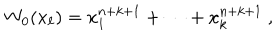
LaTeX: W _ { 0 } ( x _ { \ell } ) = x _ { 1 } ^ { n + k + 1 } + \cdots + x _ { k } ^ { n + k + 1 } ~ ,